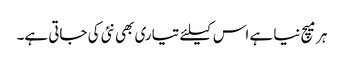
ہر میچ نیا ہے اس کیلئے تیاری بھی نئی کی جاتی ہے۔